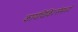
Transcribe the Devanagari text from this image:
कायचिकित्सेमध्ये